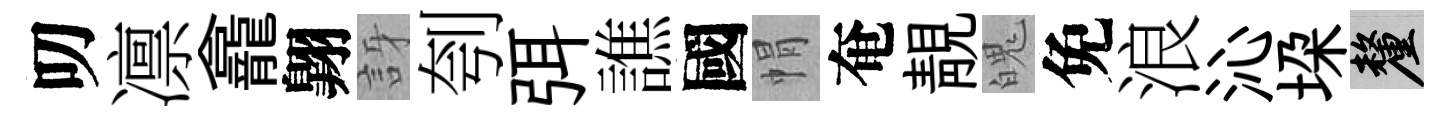
叨凛龕翺訝刳弭譙國㡌奄靚魄免浪沁垜厘